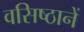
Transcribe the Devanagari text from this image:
वसिष्ठानें